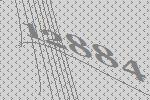
12884